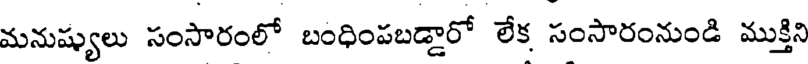
మనుష్యులు సంసారంలో బంధింపబడ్డారో లేక సంసారంనుండి ముక్తిని